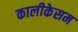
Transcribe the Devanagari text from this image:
कालीकेसम